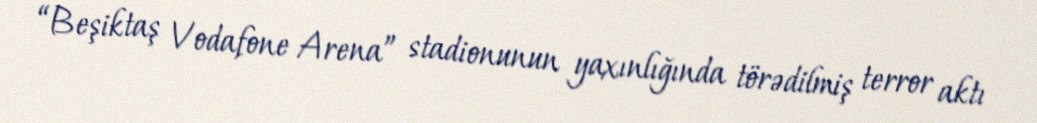
“Beşiktaş Vodafone Arena” stadionunun yaxınlığında törədilmiş terror aktı